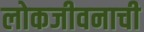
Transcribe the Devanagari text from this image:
लोकजीवनाची